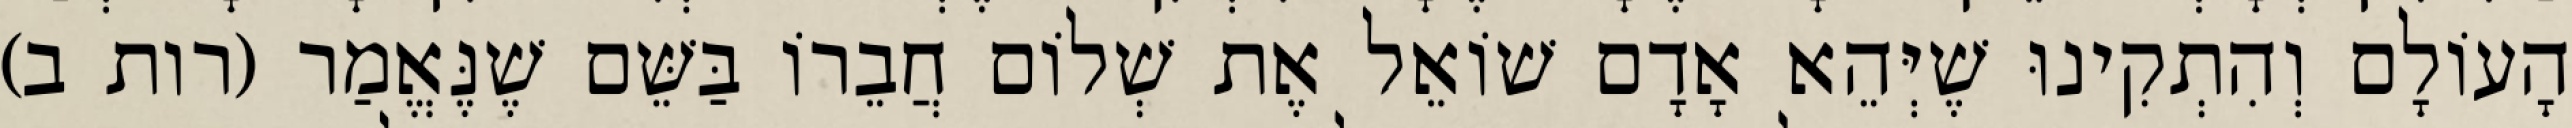
הָעוֹלָם וְהִתְקִינוּ שֶׁיְּהֵא אָדָם שׁוֹאֵל אֶת שְׁלוֹם חֲבֵרוֹ בַּשֵּׁם שֶׁנֶּאֱמַר (רות ב)